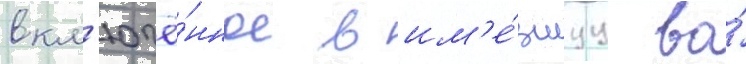
вкл'ючё́нное в им'е́вшуу во́